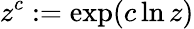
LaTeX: z^{c}:=\exp(c\ln z)